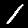
Label: 1